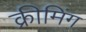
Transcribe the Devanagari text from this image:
क्रीमिंग